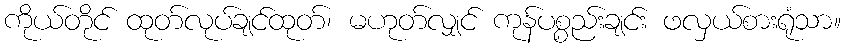
ကိုယ်တိုင် ထုတ်လုပ်ချင်ထုတ်၊ မဟုတ်လျှင် ကုန်ပစ္စည်းချင်း ဖလှယ်စားရုံသာ။